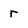
Character: r